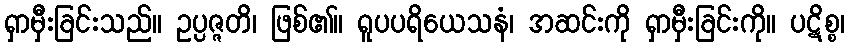
ရှာမှီးခြင်းသည်။ ဥပ္ပဇ္ဇတိ၊ ဖြစ်၏။ ရူပပရိယေသနံ၊ အဆင်းကို ရှာမှီးခြင်းကို။ ပဋိစ္စ၊